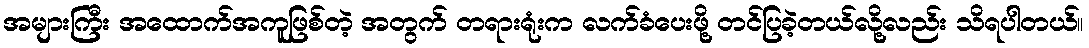
အများကြီး အထောက်အကူဖြစ်တဲ့ အတွက် တရားရုံးက လက်ခံပေးဖို့ တင်ပြခဲ့တယ်လို့လည်း သိရပါတယ်။